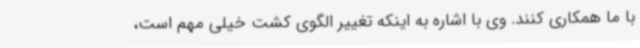
با ما همکاری کنند. وی با اشاره به اینکه تغییر الگوی کشت خیلی مهم است،